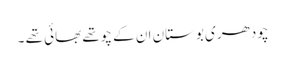
چودھری بوستان ان کے چوتھے بھائی تھے ۔